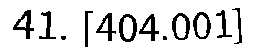
41. [404.001]